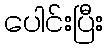
ပေါင်းပြီး